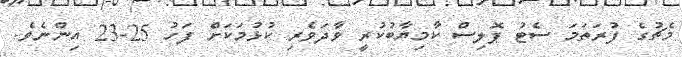
މެޗުގެ ފުރަތަމަ ސެޓު ޕޮލިސް ކާމިޔާބުކުރީ ވާދަވެރި ކުޅުމަކަށް ފަހު 25-23 އިންނެވެ.